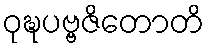
ဝုဍ္ဎပဗ္ဗဇိတောတိ